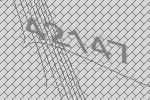
42147